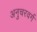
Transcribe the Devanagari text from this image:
अनुचरवर्ग